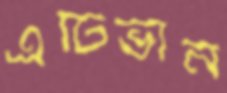
এটিভান